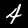
Label: 4